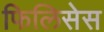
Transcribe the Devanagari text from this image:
फिलिसेस